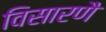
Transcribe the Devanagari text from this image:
विसारणै